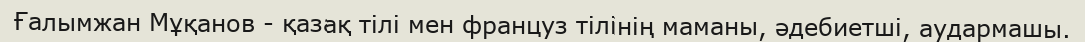
Ғалымжан Мұқанов - қазақ тілі мен француз тілінің маманы, әдебиетші, аудармашы.